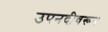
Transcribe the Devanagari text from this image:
उपनदीवरून